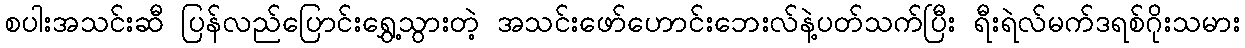
စပါးအသင်းဆီ ပြန်လည်ပြောင်းရွှေ့သွားတဲ့ အသင်းဖော်ဟောင်းဘေးလ်နဲ့ပတ်သက်ပြီး ရီးရဲလ်မက်ဒရစ်ဂိုးသမား